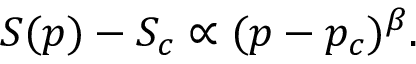
\begin{array} { r } { S ( p ) - S _ { c } \propto ( p - p _ { c } ) ^ { \beta } . } \end{array}